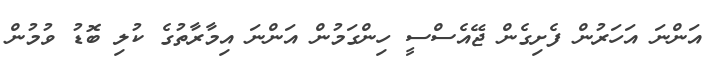
އަންނަ އަހަރުން ފެށިގެން ޖޭއެސްސީ ހިންގަމުން އަންނަ އިމާރާތުގެ ކުލި ބޮޑު ވުމުން